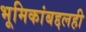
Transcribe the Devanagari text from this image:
भूमिकांबद्दलही